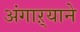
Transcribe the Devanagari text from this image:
अंगाऱ्याने